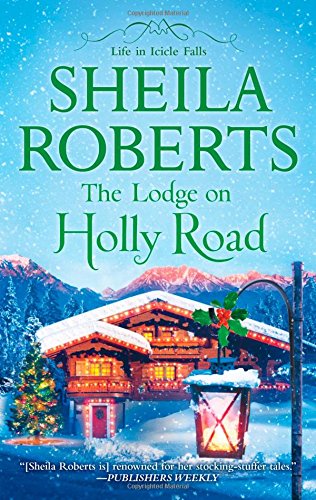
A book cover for The Lodge on Holly Road (Life in Icicle Falls); Sheila Roberts; Romance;